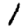
Digit: 1